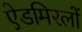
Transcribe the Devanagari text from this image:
ऐडमिरलों